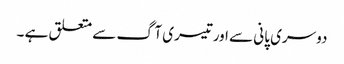
دوسری پانی سے اورتیسری آگ سے متعلق ہے ۔